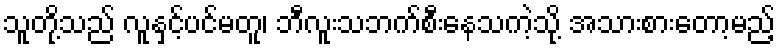
သူတို့သည် လူနှင့်ပင်မတူ၊ ဘီလူးသဘက်စီးနေသကဲ့သို့ အသားစားတော့မည့်